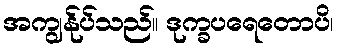
အကျွန်ုပ်သည်။ ဒုက္ခပရေတောပိ၊